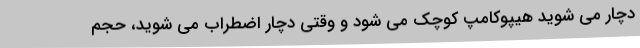
دچار می شوید هیپوکامپ کوچک می شود و وقتی دچار اضطراب می شوید، حجم